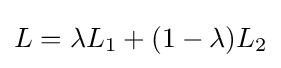
L=\lambda L_{1}+(1-\lambda )L_{2}